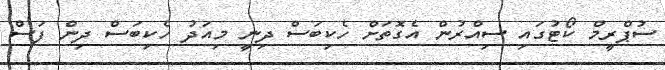
ސުޕްރީމް ކޯޓުގައި ސިއްރުން އެގޮތަށް ހެކިބަސް ދިނީ މިއަދު ހެކިބަސް ދިން ފަސް